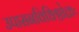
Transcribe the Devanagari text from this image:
उपासनविधिश्चोक्तः